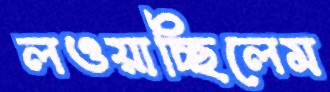
লওয়াচ্ছিলেম